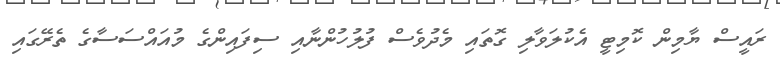
ރައީސް ޔާމިން ކޮމިޓީ އެކުލަވާލި ގޮތައި މެދުވެސް ފުލުހުންނާއި ސިފައިންގެ މުއައްސަސާގެ ތެރޭގައި